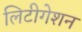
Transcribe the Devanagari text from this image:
लिटीगेशन